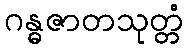
ဂန္ဓဇာတသုတ္တံ